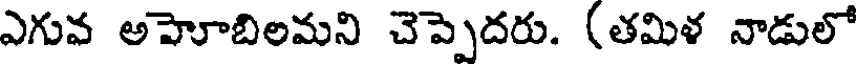
ఎగువ అహెూబిలమని చెప్పెదరు. (తమిళ నాడులో